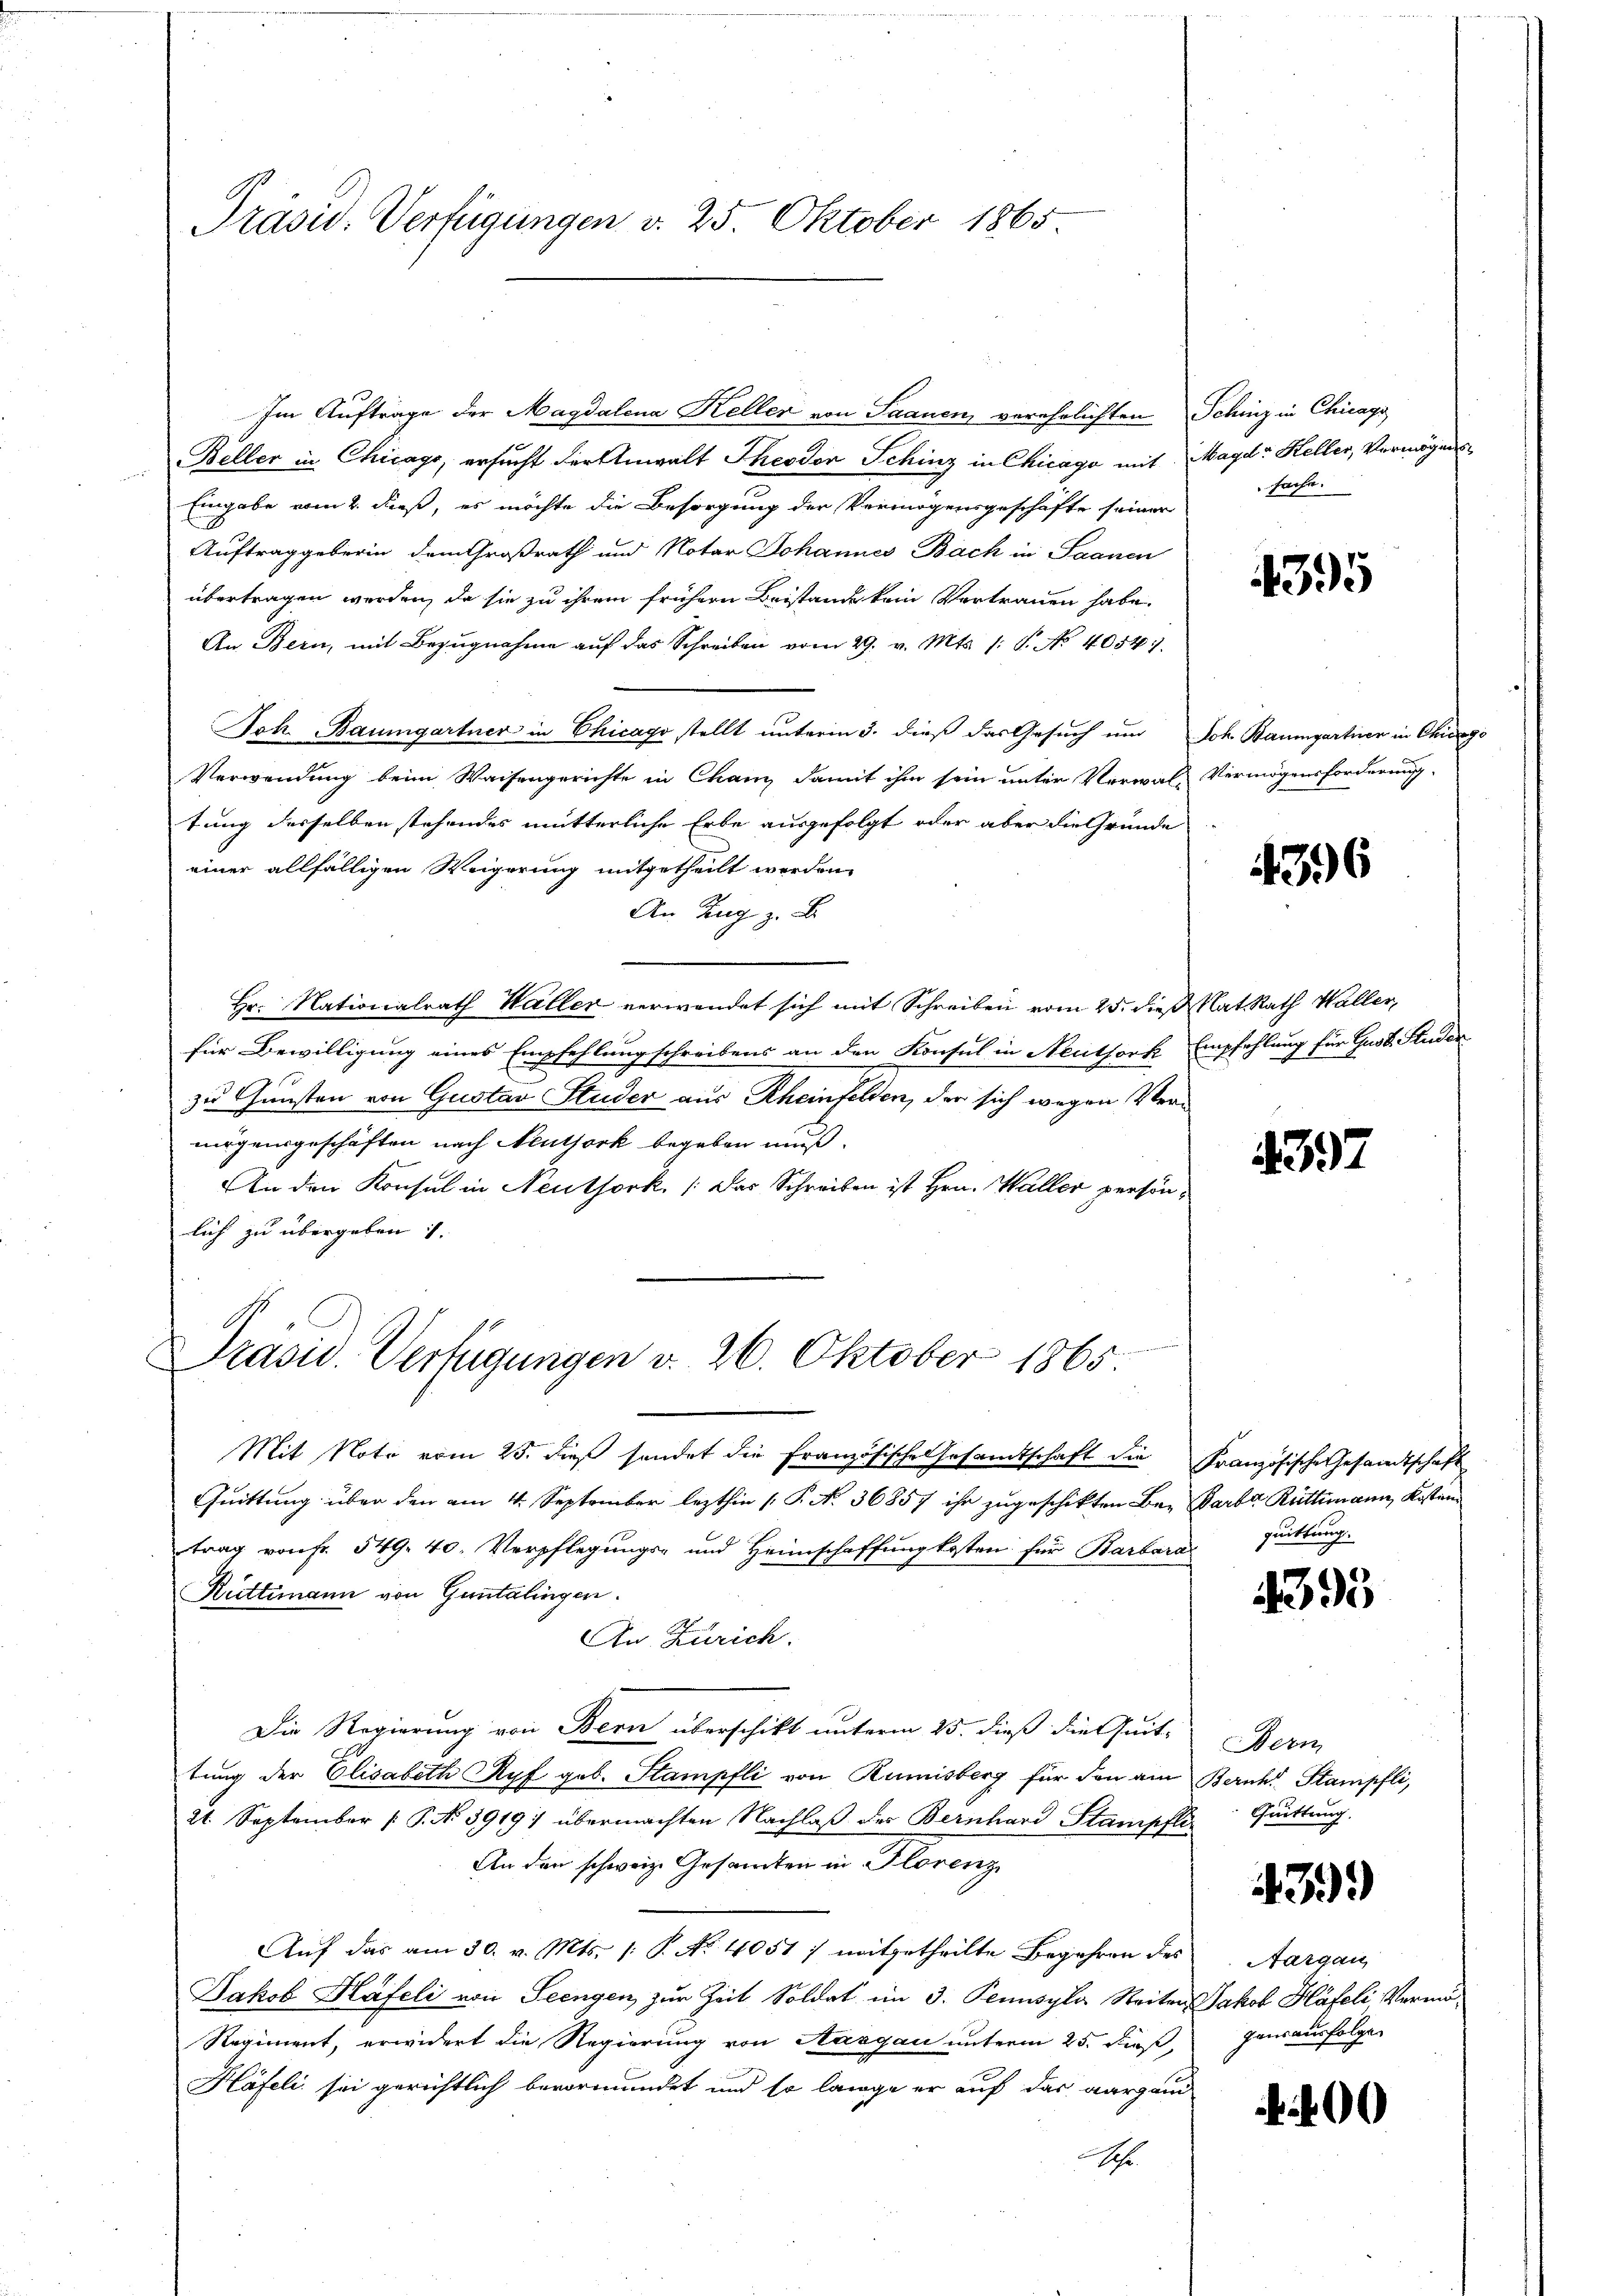
Präsid. Verfügungen v. 25. Oktober 1865

Im Auftrage der Magdalena Keller von Saanen, verehelichten Schinz in Chicago
Beller in Chicago, ersucht der Anwalt Theodor Sching in Chicago mit Magd- Heller, Vermögens
Eingabe vom 2. dieß, es möchte die Besorgung der Vermögensgeschäfte seiner
Auftraggeberin dem Großrath und Notar Johannes Bach in Saanen
übertragen werden, da sie zu ihrem frühern Beistande kein Vertrauen habe.
An Bern, mit Bezŭgnahme aŭf das Schreiben vom 29. v. Mts. /: P. No. 40541.
Joh. Baumgartner in Chicago stellt unterm 3. dieß das Gesuch um Joh. Baumgartner in Chicago
Verwendung beim Waisengerichte in Cham, damit ihm sein unter Verwal-Vermögensforderung
tung desselben stehendes mutterliche Erbe ausgefolgt oder aber die Gründe
einer allfälligen Weigerung mitgetheilt werden.
An Zug z. B.
Hr. Nationalrath Waller verwendet sich mit Schreiben vom 25. dieß Nat. Rath Waller,
für Bewilligung eines Empfehlung schreibens an den Konsul in Neuthork Empfehlung für Gust. Studer
zu Gunsten von Gustav Studer aus Rheinfelden, der sich wegen Vermirgengeschäften nach Neuthork begeben muß.
An den Konsul in Neuthork, (das Schreiben ist Hrn. Waller persönlich zu übergeben.
Präsid. Verfügungen v. 26. Oktober 1865.
Mit Note vom 25. dieß sendet die Französische Gesandtschaft die Französische Gesandtschaft
Quittung über den am 4. September lezthin (P. Nr. 36857 ihr zugeschikten Be- Farbe Rüttimann, Kostantrag von Fr. 549. 40. Verpflegungs- und Heimschaffung kosten für Barbara
Rüttimann von Guntalingen.
An Zürich.
Die Regierung von Bern überschikt unterm 25. dieß die Quit-
tung der Elisabeth Ryf geb. Stampfli von Rumisberg für den am Beruht Stampfli,
21. September P. No 3919: übermachten Nachlaß des Bernhard Stampfli¬
An den schweiz. Gesandten in Florenz
Auf das am 30. v. Mts. (: P. No. 4051) mitgetheilte Begehren des
Jakob Häfeli von Seengen zur Zeit Soldat im 3. Pennsyla Reiten Jakob Häfeli Vermö¬
Regiment, erwidert die Regierung von Aargau unterm 25. dieß,
Häfeli sei gerichtlich bevormundet und so lange er auf das aargau
.

frechte.

435

4396

397

quittung.

4393

Bern
Quittung.

3)

Nargau
gensausfolge

. 400